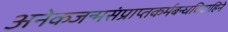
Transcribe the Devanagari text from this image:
अनेकजन्मसंप्राप्तकर्मबन्धविदाहिने